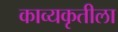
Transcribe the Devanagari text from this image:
काव्यकृतीला